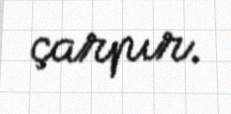
çarpır.